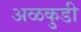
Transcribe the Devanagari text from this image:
अळकुडी